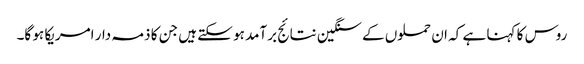
روس کا کہنا ہے کہ ان حملوں کے سنگین نتائج برآمد ہو سکتے ہیں جن کا ذمہ دار امریکا ہو گا۔